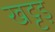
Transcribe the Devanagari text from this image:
खट्टड़